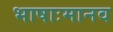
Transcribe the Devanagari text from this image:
भाषाःमानव